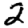
Digit: 2